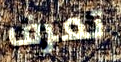
تعرف